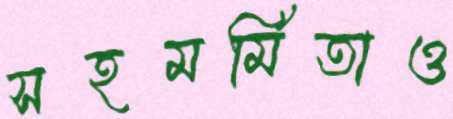
সহমর্মিতাও